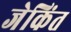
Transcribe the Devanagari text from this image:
जेकिंत